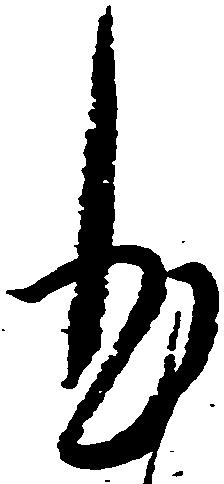
本